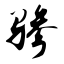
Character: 骖